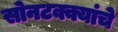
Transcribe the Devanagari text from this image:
सोनटक्क्यांचे